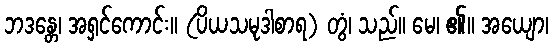
ဘဒန္တေ၊ အရှင်ကောင်း။ (ပိယသမုဒါစာရ) တွံ၊ သည်။ မေ၊ ၏။ အယျော၊